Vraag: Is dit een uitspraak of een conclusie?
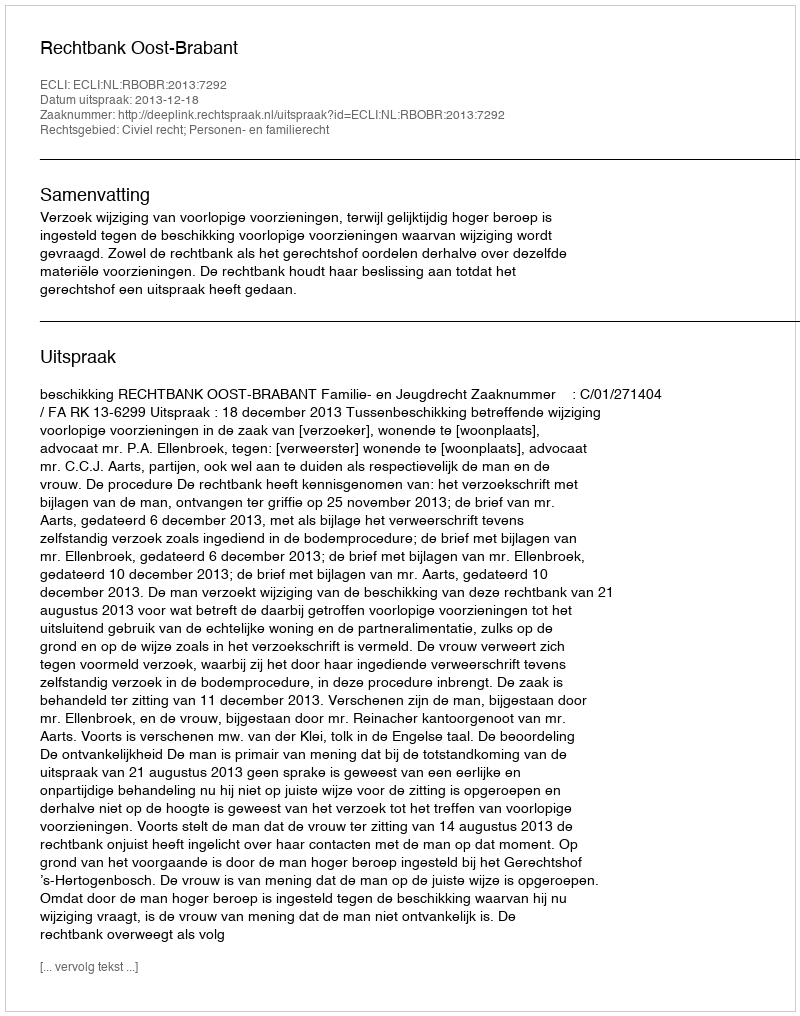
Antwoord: Uitspraak